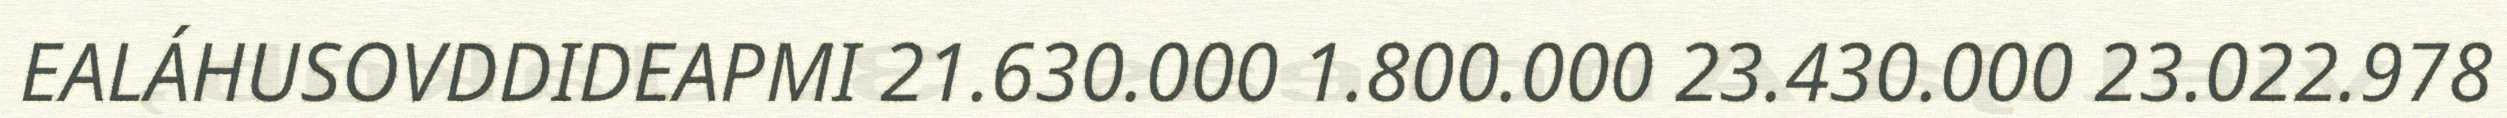
EALÁHUSOVDDIDEAPMI 21.630.000 1.800.000 23.430.000 23.022.978